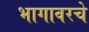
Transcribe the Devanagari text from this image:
भागावरचे